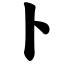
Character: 卜